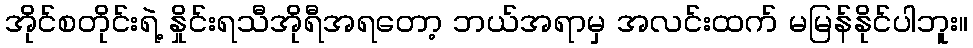
အိုင်စတိုင်းရဲ့ နှိုင်းရသီအိုရီအရတော့ ဘယ်အရာမှ အလင်းထက် မမြန်နိုင်ပါဘူး။